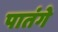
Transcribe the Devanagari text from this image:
पातंगे